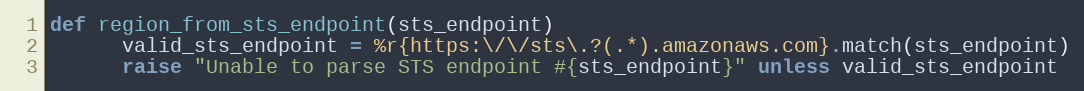
Language: Ruby
def region_from_sts_endpoint(sts_endpoint)
      valid_sts_endpoint = %r{https:\/\/sts\.?(.*).amazonaws.com}.match(sts_endpoint)
      raise "Unable to parse STS endpoint #{sts_endpoint}" unless valid_sts_endpoint